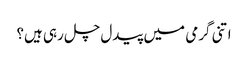
اتنی گرمی میں پیدل چل رہی ہیں؟